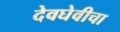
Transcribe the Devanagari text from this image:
देवघेवीचा